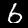
Label: 6